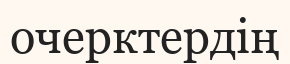
очерктердің